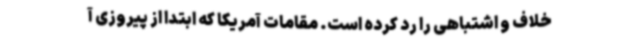
خلاف و اشتباهی را رد کرده است. مقامات آمریکا که ابتدا از پیروزی آ